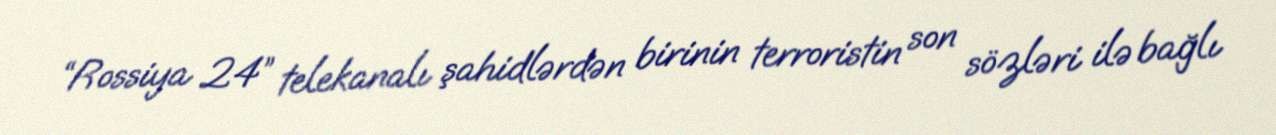
“Rossiya 24” telekanalı şahidlərdən birinin terroristin son sözləri ilə bağlı